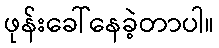
ဖုန်းခေါ်နေခဲ့တာပါ။